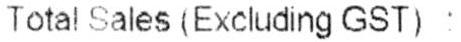
TOTAL SALES (EXCLUDING GST) :